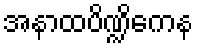
အနာထပိဏ္ဍိကေန